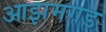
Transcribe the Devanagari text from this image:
आझमगड